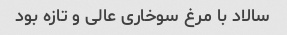
سالاد با مرغ سوخاری عالی و تازه بود